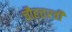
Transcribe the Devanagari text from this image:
चौहत्तरवीं